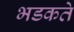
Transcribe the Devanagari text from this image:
भडकते